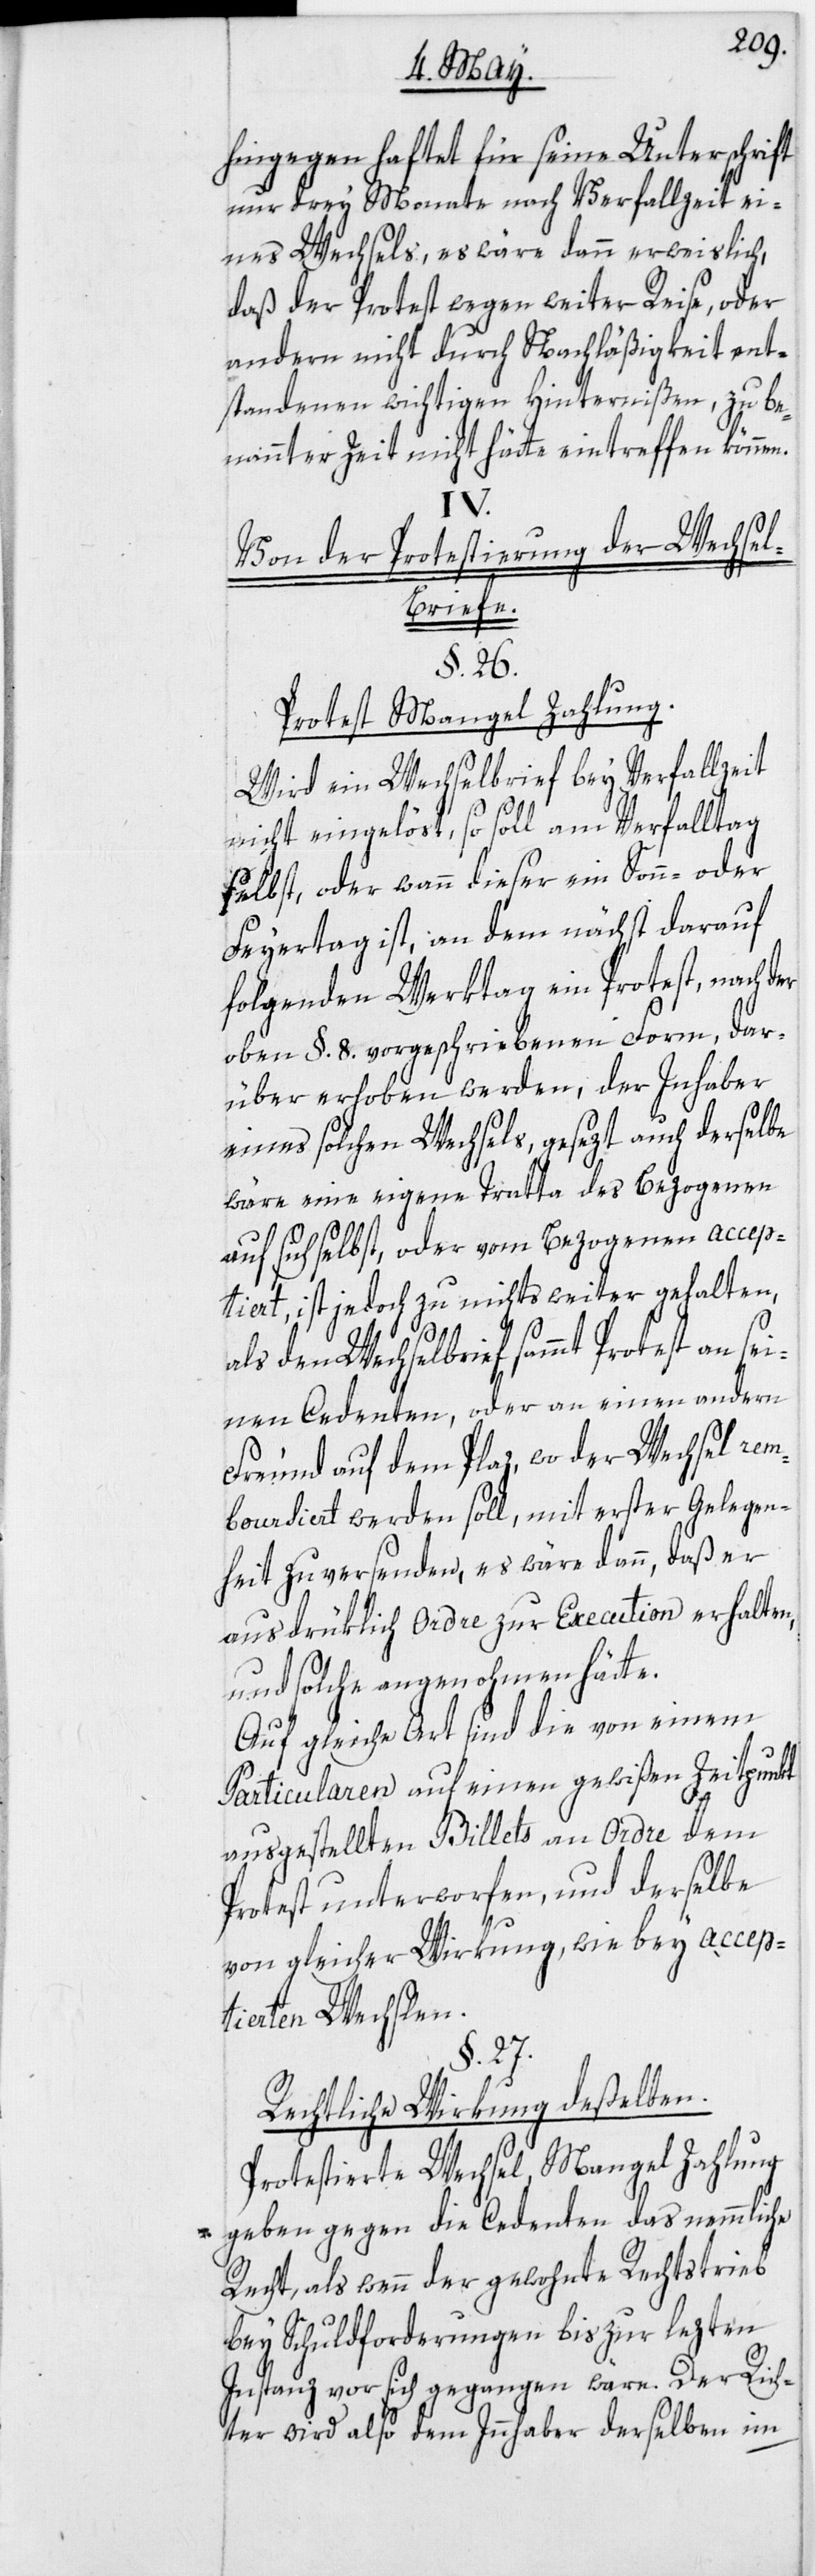
hingegen haftet für seine Unterschrift
nur drey Monate nach Verfallzeit ei¬
nes Wechsels, es wäre dann erweislich,
daß der Protest wegen weiter Reise, oder
andern nicht durch Nachläßigkeit ent¬
standenen wichtigen Hinternißen, zu be¬
nannter Zeit nicht hätte eintreffen können.
IV.
Von der Protestierung der Wechse¬
l-Briefe.
§. 27.
Protest Mangel Zahlung.
Wird ein Wechselbrief bey Verfallzeit
nicht eingelöst, so soll am Verfalltag
selbst, oder wann dieser ein Sonn- oder
Feyertag ist, an dem nächst darauf
folgenden Werktag ein Protest, nach
oben §. 8. vorgeschriebenen Form, dar¬
über erhoben werden, der Inhaber
eines solchen Wechsels, gesezt auch derselbe
wäre eine eigene Tratta des Bezogenen
auf sich selbst, oder vom Bezogenen accep¬
tiert, ist jedoch zu nichts weiter gehalten,
den Wechselbrief sammt Protest an s¬
einen Cedenten, oder an einen andern
Freund auf dem Plaz, wo der Wechsel rem¬
boursiert werden soll, mit erster Gelegen¬
heit zu versenden, es wäre dann, daß er
ausdrüklich Ordre zur Execution erhalten,
und solche angenohmen hätte.
Auf gleiche Art sind die von einem
Particularen auf einen gewißen Zeitpunkt
ausgestellten Billets an Ordre dem
Protest unterworfen, und derselbe
von gleicher Wirkung, wie bey accep¬
tierten Wechslen.
Rechtliche Wirkung deßelben.
Protestierte Wechsel, Mangel Zahlung
geben gegen die Cedenten das nemmliche
Recht, als wenn der gewohnte Rechtstrieb
bey Schuldforderungen bis zur lezten
Instanz vor sich gegangen wäre. Der Rich¬
ter wird also dem Innhaber derselben im